Civil Veterinary Dept. Assam report 1927-50 - 1927-1950
Year: 1927
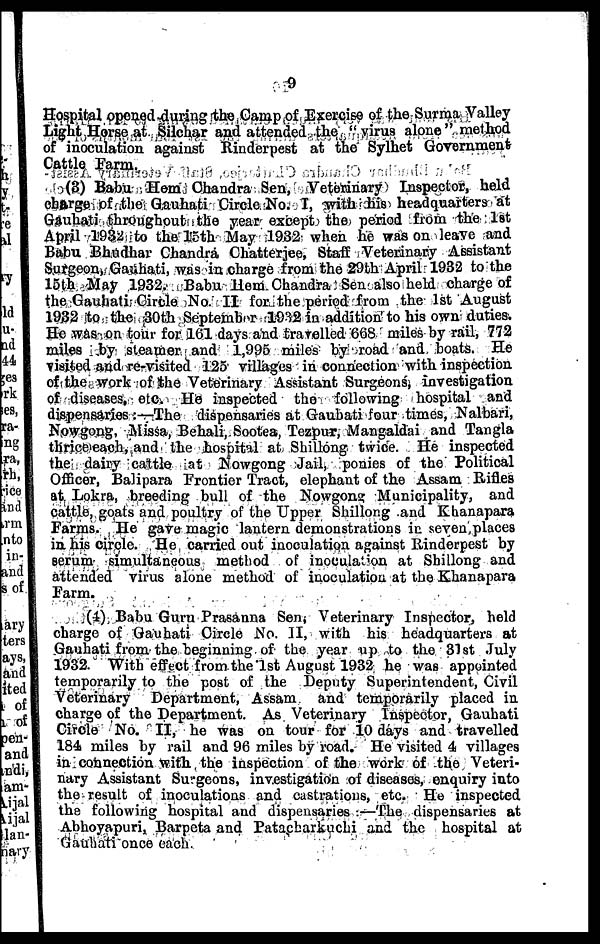
9
Hospital opened during the Camp of Exercise of the Surma Valley
Light Horse at Silchar and attended the "virus alone" method
of inoculation against Rinderpest at the Sylhet Government
Cattle Farm.
(3) Babu Hem Chandra Sen, Veterinary Inspector, held
charge of the Gauhati Circle No. I, with his headquarters at
Gauhati throughout the year except the period from the 1st
April 1932 to the 15th May 1932 when he was on leave and
Babu Bhudhar Chandra Chatterjee, Staff Veterinary Assistant
Surgeon, Gauhati, was in charge from the 29th April 1932 to the
15th May 1932. Babu Hem Chandra Sen also held charge of
the Gauhati Circle No. II for the period from the 1st August
1932 to the 30th September 1932 in addition to his own duties.
He was on tour for 161 days and travelled 668 miles by rail, 772
miles by steamer and 1,995 miles by road and boats. He
visited and re-visited 125 villages in connection with inspection
of the work of the Veterinary Assistant Surgeons, investigation
of diseases, etc. He inspected the following hospital and
dispensaries :—The dispensaries at Gauhati four times, Nalbari,
Nowgong, Missa, Behali, Sootea, Tezpur, Mangaldai and Tangla
thrice each, and the hospital at Shillong twice. He inspected
the dairy cattle at Nowgong Jail, ponies of the Political
Officer, Balipara Frontier Tract, elephant of the Assam Rifles
at Lokra, breeding buli of the Nowgong Municipality, and
cattle, goats and poultry of the Upper Shillong and Khanapara
Farms. He gave magic lantern demonstrations in seven places
in his circle. He carried out inoculation against Rinderpest by
serum simultaneous method of inoculation at Shillong and
attended virus alone method of inoculation at the Khanapara
Farm.
(1) Babu Guru Prasanna Sen, Veterinary Inspector, held
charge of Gauhati Circle No. II, with his headquarters at
Gauhati from the beginning of the year up to the 31st July
1932. With effect from the 1st August 1932 he was appointed
temporarily to the post of the Deputy Superintendent, Civil
Veterinary
Department, Assam
and temporarily placed in
charge of the Department. As Veterinary Inspector, Gauhati
Circle No. II, he was on tour for 10 days and travelled
184 miles by rail and 96 miles by road. He visited 4 villages
in connection with the inspection of the work of the Veteri-
nary Assistant Surgeons, investigation of diseases, enquiry into
the result of inoculations and castrations, etc. Ho inspected
the following hospital and dispensaries :—The dispensaries at
Abhoyapuri, Barpeta and Pataeharkuchi and the hospital at
Gauhati once each.